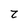
Character: z